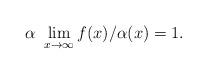
LaTeX: \begin{align*}\ \alpha\ \lim_{x\to\infty} f(x)/\alpha (x)=1. \end{align*}